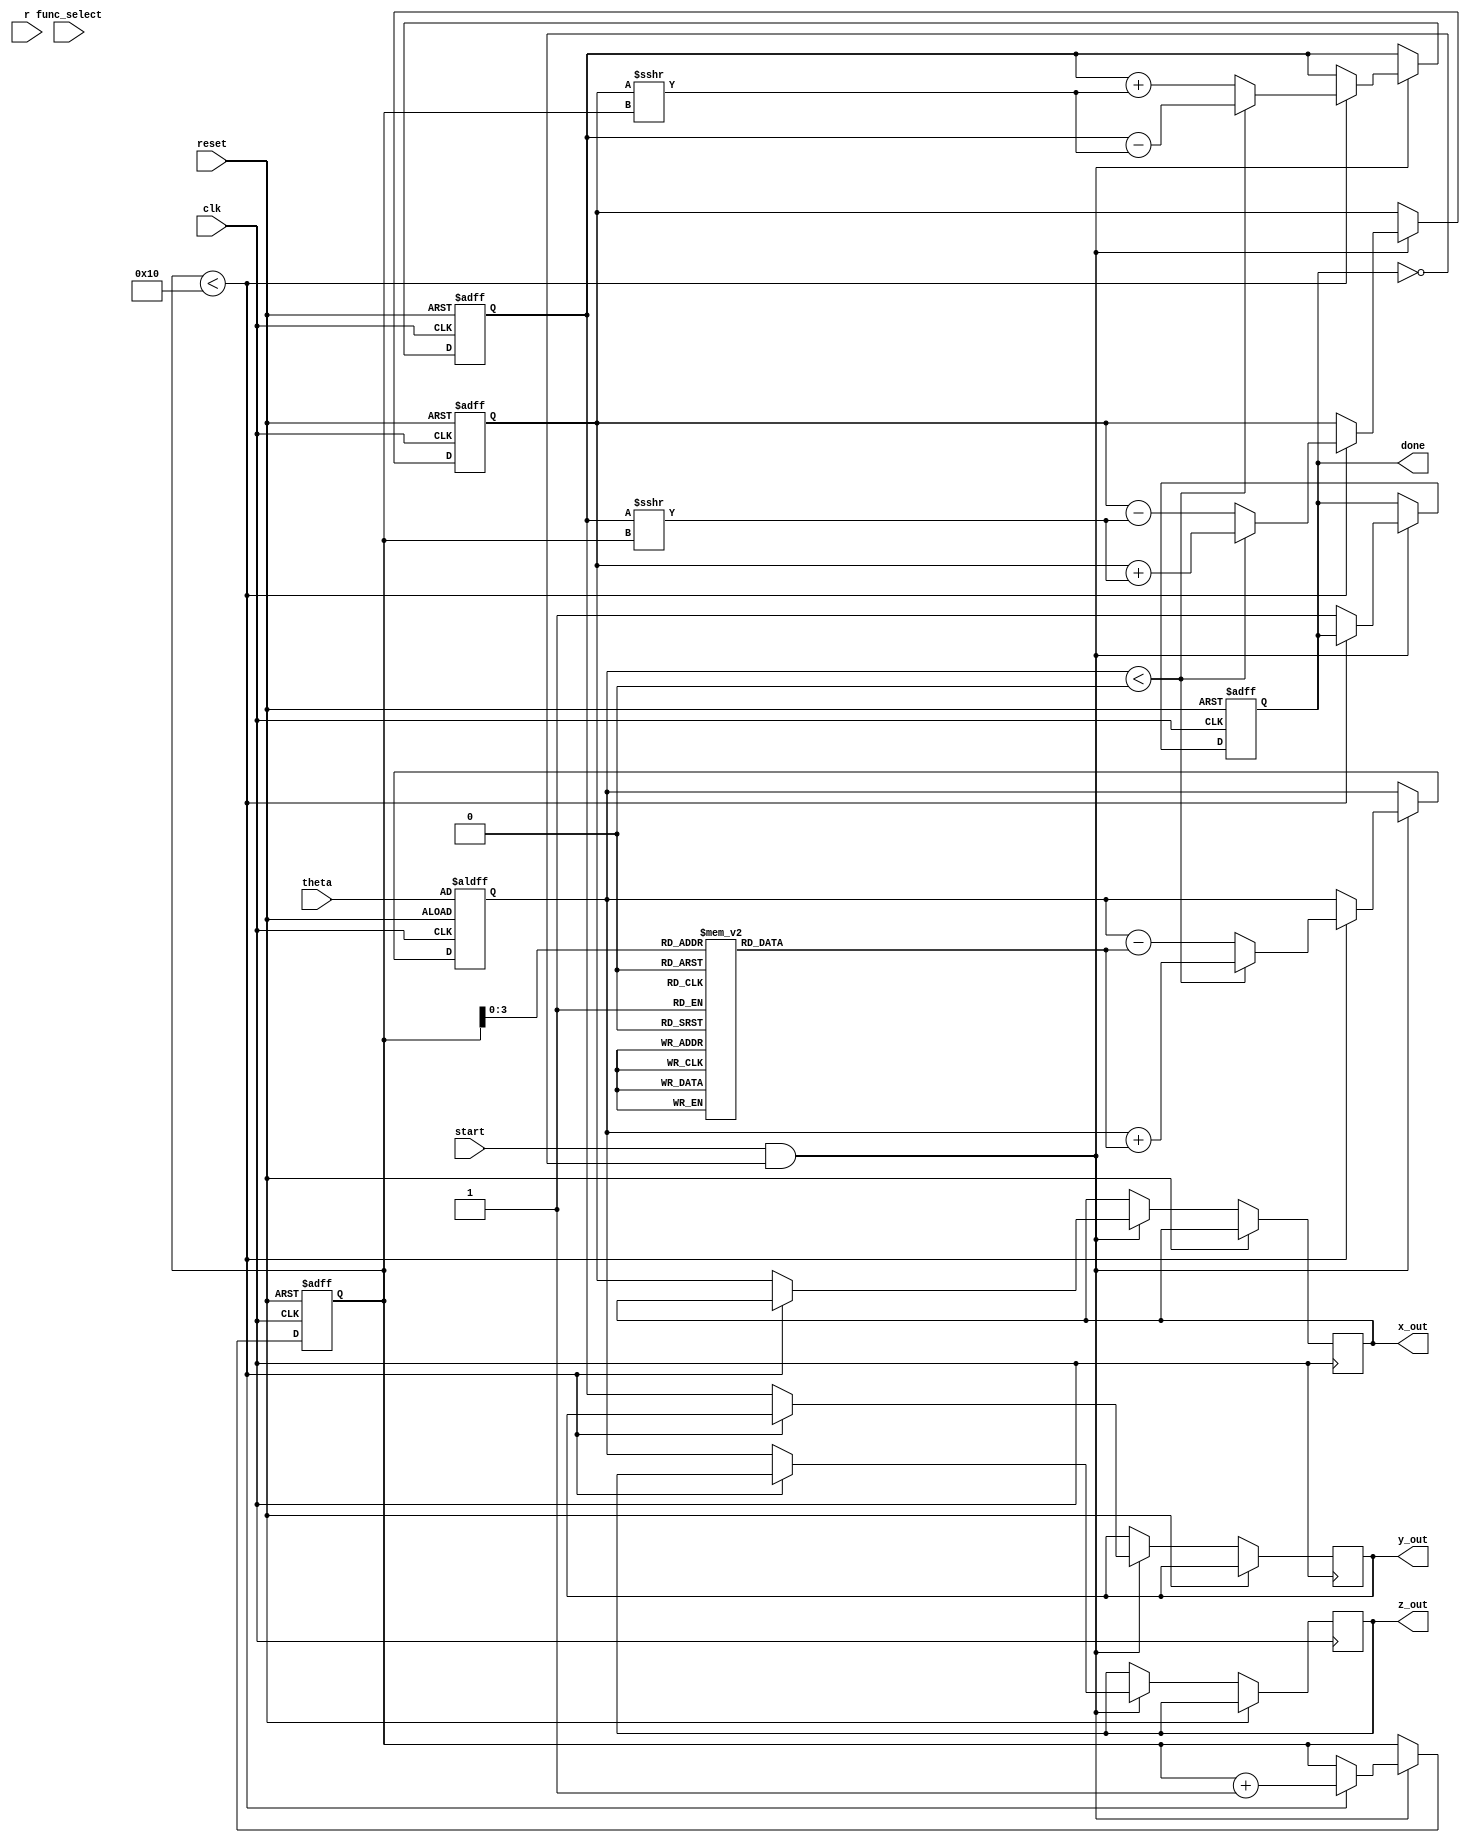
module cordic_fixed_point #(
    parameter WIDTH = 16,          // Bit-width for fixed-point representation
    parameter ITERATIONS = 16      // Number of iterations for precision
)(
    input wire clk,
    input wire reset,
    input wire [WIDTH-1:0] theta,  // Angle input in fixed-point
    input wire [WIDTH-1:0] r,       // Magnitude input for hyperbolic functions
    input wire [1:0] func_select,   // Function control signals (00: sine, 01: cosine)
    input wire start,                // Start signal for operation
    output reg [WIDTH-1:0] x_out,   // X output
    output reg [WIDTH-1:0] y_out,   // Y output
    output reg [WIDTH-1:0] z_out,   // Z output (angle or logarithm)
    output reg done                  // Done signal
);

    // Internal registers
    reg [WIDTH-1:0] x_reg;
    reg [WIDTH-1:0] y_reg;
    reg [WIDTH-1:0] z_reg;
    reg [4:0] iteration;             // Iteration counter

    // Precomputed arctangent values for CORDIC
    reg [WIDTH-1:0] atan_table [0:ITERATIONS-1];

    initial begin
        // Initialize arctangent values (fixed-point representation)
        atan_table[0] = 16'h2000; // atan(2^-0)
        atan_table[1] = 16'h1000; // atan(2^-1)
        atan_table[2] = 16'h0800; // atan(2^-2)
        atan_table[3] = 16'h0400; // atan(2^-3)
        atan_table[4] = 16'h0200; // atan(2^-4)
        atan_table[5] = 16'h0100; // atan(2^-5)
        atan_table[6] = 16'h0080; // atan(2^-6)
        atan_table[7] = 16'h0040; // atan(2^-7)
        atan_table[8] = 16'h0020; // atan(2^-8)
        atan_table[9] = 16'h0010; // atan(2^-9)
        atan_table[10] = 16'h0008; // atan(2^-10)
        atan_table[11] = 16'h0004; // atan(2^-11)
        atan_table[12] = 16'h0002; // atan(2^-12)
        atan_table[13] = 16'h0001; // atan(2^-13)
        atan_table[14] = 16'h0001; // atan(2^-14)
        atan_table[15] = 16'h0000; // atan(2^-15)
    end

    // CORDIC operation
    always @(posedge clk or posedge reset) begin
        if (reset) begin
            x_reg <= 16'h0001; // Initial x value (1.0 in fixed-point)
            y_reg <= 16'h0000; // Initial y value (0.0 in fixed-point)
            z_reg <= theta;    // Initial angle
            iteration <= 0;
            done <= 0;
        end else if (start && !done) begin
            if (iteration < ITERATIONS) begin
                // CORDIC rotation
                if (z_reg < 0) begin
                    x_reg <= x_reg + (y_reg >>> iteration);
                    y_reg <= y_reg - (x_reg >>> iteration);
                    z_reg <= z_reg + atan_table[iteration];
                end else begin
                    x_reg <= x_reg - (y_reg >>> iteration);
                    y_reg <= y_reg + (x_reg >>> iteration);
                    z_reg <= z_reg - atan_table[iteration];
                end
                iteration <= iteration + 1;
            end else begin
                // Operation complete
                x_out <= x_reg;
                y_out <= y_reg;
                z_out <= z_reg;
                done <= 1;
            end
        end
    end

endmodule